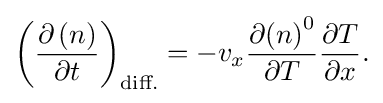
{\left({\frac {\partial \left(n\right)}{\partial t}}\right)}_{\text{diff.}}=-{v}_{x}{\frac {\partial {\left(n\right)}^{0}}{\partial T}}{\frac {\partial T}{\partial x}}{\text{.}}